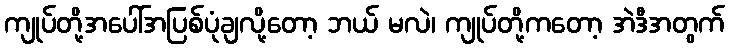
ကျုပ်တို့အပေါ်အပြစ်ပုံချလို့တော့ ဘယ် မလဲ၊ ကျုပ်တို့ကတော့ အဲဒီအတွက်